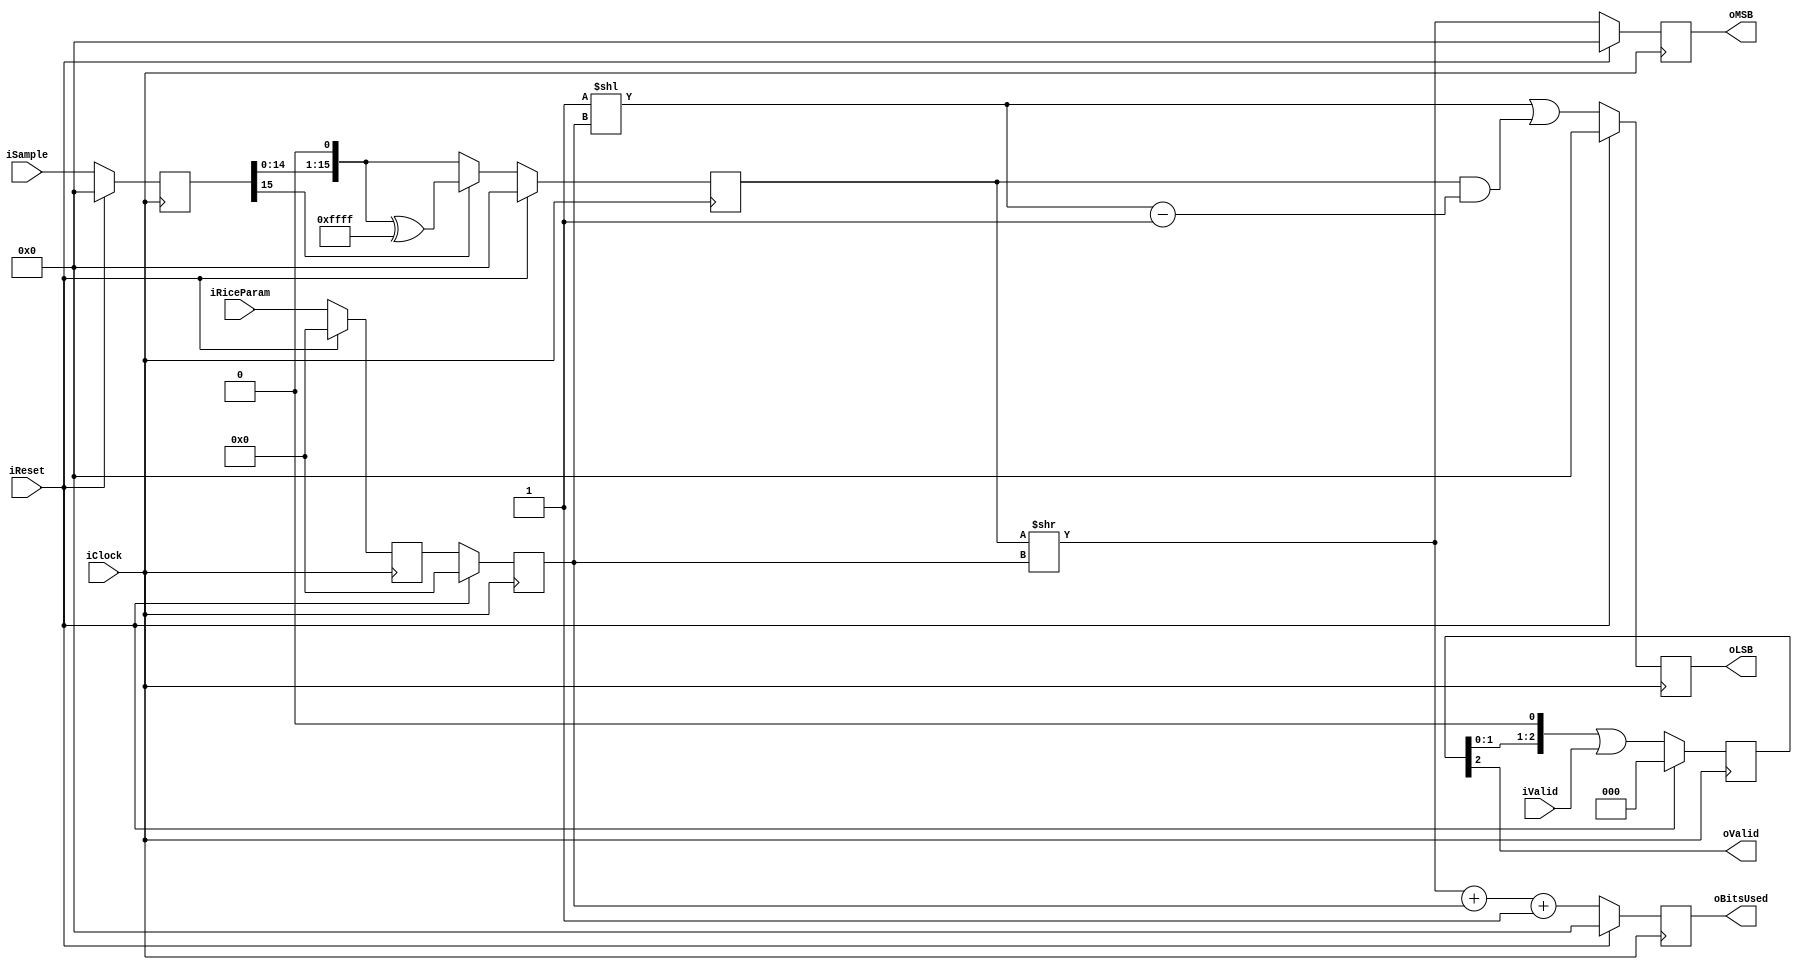
module VariableRiceEncoder (
    input wire iClock,
    input wire iReset,
    
    input wire iValid,
    input wire signed [15:0] iSample, 
    
    input wire [3:0] iRiceParam,
    output wire [15:0] oMSB,
    output wire [15:0] oLSB, 
    output wire [15:0] oBitsUsed,
    output wire oValid
    );

reg [15:0] sample, unsigned_sample;
reg [2:0] valid;
reg [15:0] msb, lsb, total;
reg [3:0] rice_param, rp_l1, rp_l2;

assign oMSB = msb;
assign oLSB = lsb;
assign oBitsUsed = total;
assign oValid = valid[2];


always @(posedge iClock) begin
    if (iReset) begin
        sample <= 0;
        unsigned_sample <= 0;
        rice_param <= 0;
        rp_l1 <= 0;
        rp_l2 <= 0;
        msb <= 0;
        lsb <= 0;
        total <= 0;
        
        valid <= 0;
    end else begin
        rice_param <= iRiceParam;
        rp_l1 <= rice_param;
        rp_l2 <= rice_param;
        /* Register input */
        sample <= iSample;
        valid <= (valid << 1) | iValid;
        
        /* Convert sample to unsigned sample */
        if (sample[15]) begin
            unsigned_sample <= {sample[14:0], 1'b0} ^ 16'hffff;
        end else begin
            unsigned_sample <= {sample[14:0], 1'b0};
        end
        
        
        msb <= unsigned_sample >> rp_l2;
        lsb <= 1 << rp_l2 | unsigned_sample & ((1 << rp_l2) - 1);
        total <= (unsigned_sample >> rp_l2) + rp_l2 + 1;
        
    end
end

endmodule